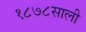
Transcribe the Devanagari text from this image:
१८७८साली